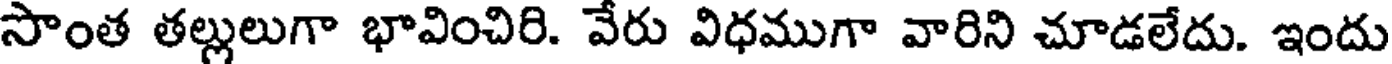
సొంత తల్లులుగా భావించిరి. వేరు విధముగా వారిని చూడలేదు. ఇందు